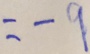
= - 9